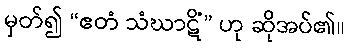
မှတ်၍ “ဧတံ သံဃာဋိံ” ဟု ဆိုအပ်၏။